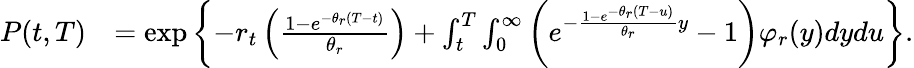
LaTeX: \begin{array}{rl}{P(t,T)}&{=\exp\left\lbrace-r_{t}\left(\frac{1-e^{-\theta_{r}(T-t)}}{\theta_{r}}\right)+\int_{t}^{T}\int_{0}^{\infty}\left(e^{-\frac{1-e^{-\theta_{r}(T-u)}}{\theta_{r}}y}-1\right)\varphi_{r}(y)dydu\right\rbrace.}\end{array}